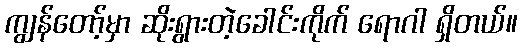
ကျွန်တော့်မှာ ဆိုးရွားတဲ့ခေါင်းကိုက် ရောဂါ ရှိတယ်။